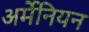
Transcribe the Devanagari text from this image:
अर्मेनियन